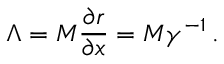
\Lambda = M \frac { \partial r } { \partial x } = M \gamma ^ { - 1 } \, .